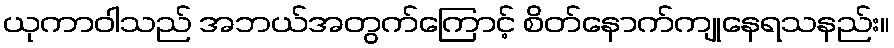
ယုကာဝါသည် အဘယ်အတွက်ကြောင့် စိတ်နောက်ကျုနေရသနည်း။